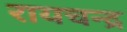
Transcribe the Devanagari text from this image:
रायचन्द्र